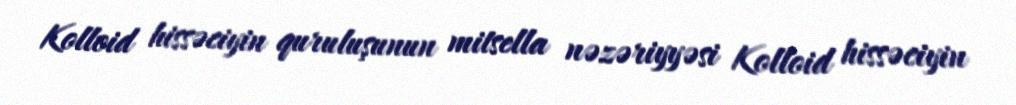
Kolloid hissəciyin quruluşunun mitsella nəzəriyyəsi Kolloid hissəciyin